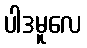
ပါဒမူလေ